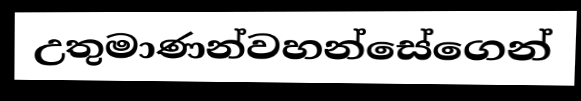
උතුමාණන්වහන්සේගෙන්